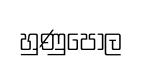
හුණුපොල